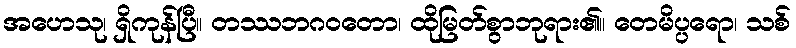
အဟေသု၊ ရှိကုန်ပြီ။ တဿဘဂဝတော၊ ထိုမြတ်စွာဘုရား၏။ တေမိပ္ပရော၊ သစ်